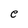
Character: e